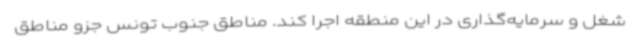
شغل و سرمایه‌گذاری در این منطقه اجرا کند. مناطق جنوب تونس جزو مناطق